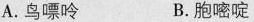
A.鸟嘌呤 B.胞嘧啶